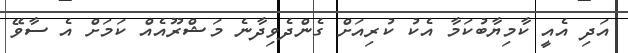
އަދި އެއީ ކާމިޔާބުކަމާ އެކު ކުރިއަށް ގެންދެވިދާނެ މަޝްރޫއެއް ކަމަށް އެ ސާވޭ